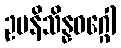
ဥပနိသိန္နဝဂ္ဂေါ